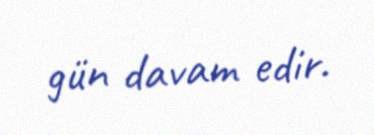
gün davam edir.